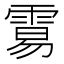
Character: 𩃮